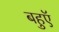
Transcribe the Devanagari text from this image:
बहुएॅ